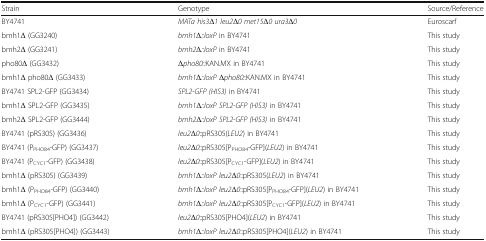
<table><thead><tr><td><b>Strain</b></td><td><b>Genotype</b></td><td><b>Source/Reference</b></td></tr></thead><tbody><tr><td>BY4741</td><td><i>MATa his3Δ1 leu2Δ0 met15Δ0 ura3Δ0</i></td><td>Euroscarf</td></tr><tr><td>bmh1Δ (GG3240)</td><td><i>bmh1Δ::loxP</i> in BY4741</td><td>This study</td></tr><tr><td>bmh2Δ (GG3241)</td><td><i>bmh2Δ::loxP</i> in BY4741</td><td>This study</td></tr><tr><td>pho80Δ (GG3432)</td><td><i>Δpho80::</i>KAN.MX in BY4741</td><td>This study</td></tr><tr><td>bmh1Δ pho80Δ (GG3433)</td><td><i>bmh1Δ::loxP Δpho80::</i>KAN.MX in BY4741</td><td>This study</td></tr><tr><td>BY4741 SPL2-GFP (GG3434)</td><td><i>SPL2-GFP (HIS3)</i> in BY4741</td><td>This study</td></tr><tr><td>bmh1Δ SPL2-GFP (GG3435)</td><td><i>bmh1Δ::loxP SPL2-GFP (HIS3)</i> in BY4741</td><td>This study</td></tr><tr><td>bmh2Δ SPL2-GFP (GG3444)</td><td><i>bmh2Δ::loxP SPL2-GFP (HIS3)</i> in BY4741</td><td>This study</td></tr><tr><td>BY4741 (pRS305) (GG3436)</td><td><i>leu2Δ0</i>::pRS305(<i>LEU2</i>) in BY4741</td><td>This study</td></tr><tr><td>BY4741 (P<sub>PHO84</sub>-GFP) (GG3437)</td><td><i>leu2Δ0</i>::pRS305[P<sub>PHO84</sub>-GFP](<i>LEU2</i>) in BY4741</td><td>This study</td></tr><tr><td>BY4741 (P<sub>CYC1</sub>-GFP) (GG3438)</td><td><i>leu2Δ0</i>::pRS305[P<sub>CYC1</sub>-GFP](<i>LEU2</i>) in BY4741</td><td>This study</td></tr><tr><td>bmh1Δ (pRS305) (GG3439)</td><td><i>bmh1Δ::loxP leu2Δ0</i>::pRS305(<i>LEU2</i>) in BY4741</td><td>This study</td></tr><tr><td>bmh1Δ (P<sub>PHO84</sub>-GFP) (GG3440)</td><td><i>bmh1Δ::loxP leu2Δ0</i>::pRS305[P<sub>PHO84</sub>-GFP](<i>LEU2</i>) in BY4741</td><td>This study</td></tr><tr><td>bmh1Δ (P<sub>CYC1</sub>-GFP) (GG3441)</td><td><i>bmh1Δ::loxP leu2Δ0</i>::pRS305[P<sub>CYC1</sub>-GFP](<i>LEU2</i>) in BY4741</td><td>This study</td></tr><tr><td>BY4741 (pRS305[PHO4]) (GG3442)</td><td><i>leu2Δ0</i>::pRS305[PHO4](<i>LEU2</i>) in BY4741</td><td>This study</td></tr><tr><td>bmh1Δ (pRS305[PHO4]) (GG3443)</td><td><i>bmh1Δ::loxP leu2Δ0</i>::pRS305[PHO4](<i>LEU2</i>) in BY4741</td><td>This study</td></tr></tbody></table>